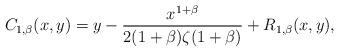
LaTeX: \begin{align*} C_{1,\beta }(x,y) = y - \frac{{{x^{1 + \beta }}}}{{2(1 + \beta )\zeta (1 + \beta )}} + R_{1,\beta}(x,y), \end{align*}